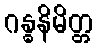
ဂန္ဓနိမိတ္တ